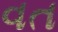
વત